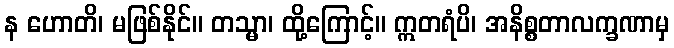
န ဟောတိ၊ မဖြစ်နိုင်။ တသ္မာ၊ ထို့ကြောင့်။ ဣတရံပိ၊ အနိစ္စတာလက္ခဏာမှ